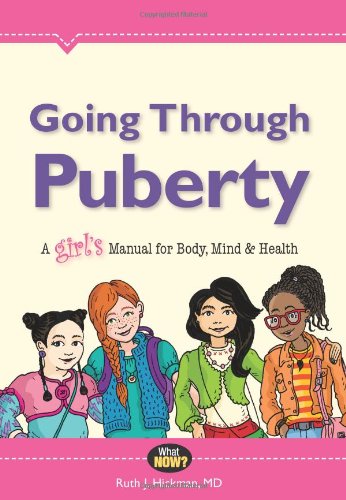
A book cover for Going Through Puberty: A GirlEEs Manual for Body, Mind, and Health (What Now?); Ruth Hickman; Teen & Young Adult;